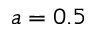
a = 0 . 5